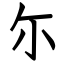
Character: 尓